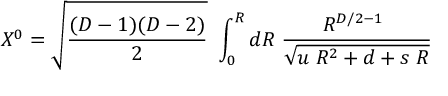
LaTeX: X ^ { 0 } = \sqrt { \frac { ( D - 1 ) ( D - 2 ) } { 2 } } ~ \int _ { 0 } ^ { R } d R \; { \frac { { R ^ { D / 2 - 1 } } ~ } { \sqrt { u \; R ^ { 2 } + d + s \; R } } }